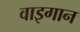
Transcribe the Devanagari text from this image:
वाइगान